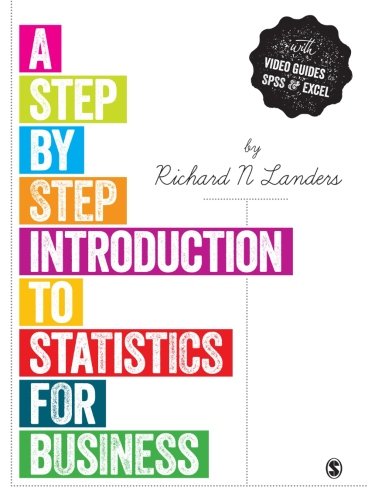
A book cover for A Step-by-Step Introduction to Statistics for Business; Richard N Landers; Business & Money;